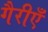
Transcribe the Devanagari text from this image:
गैरीएँ